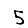
Digit: 5